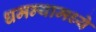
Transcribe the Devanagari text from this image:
धमन्यामध्ये